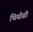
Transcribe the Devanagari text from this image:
थियोग्री